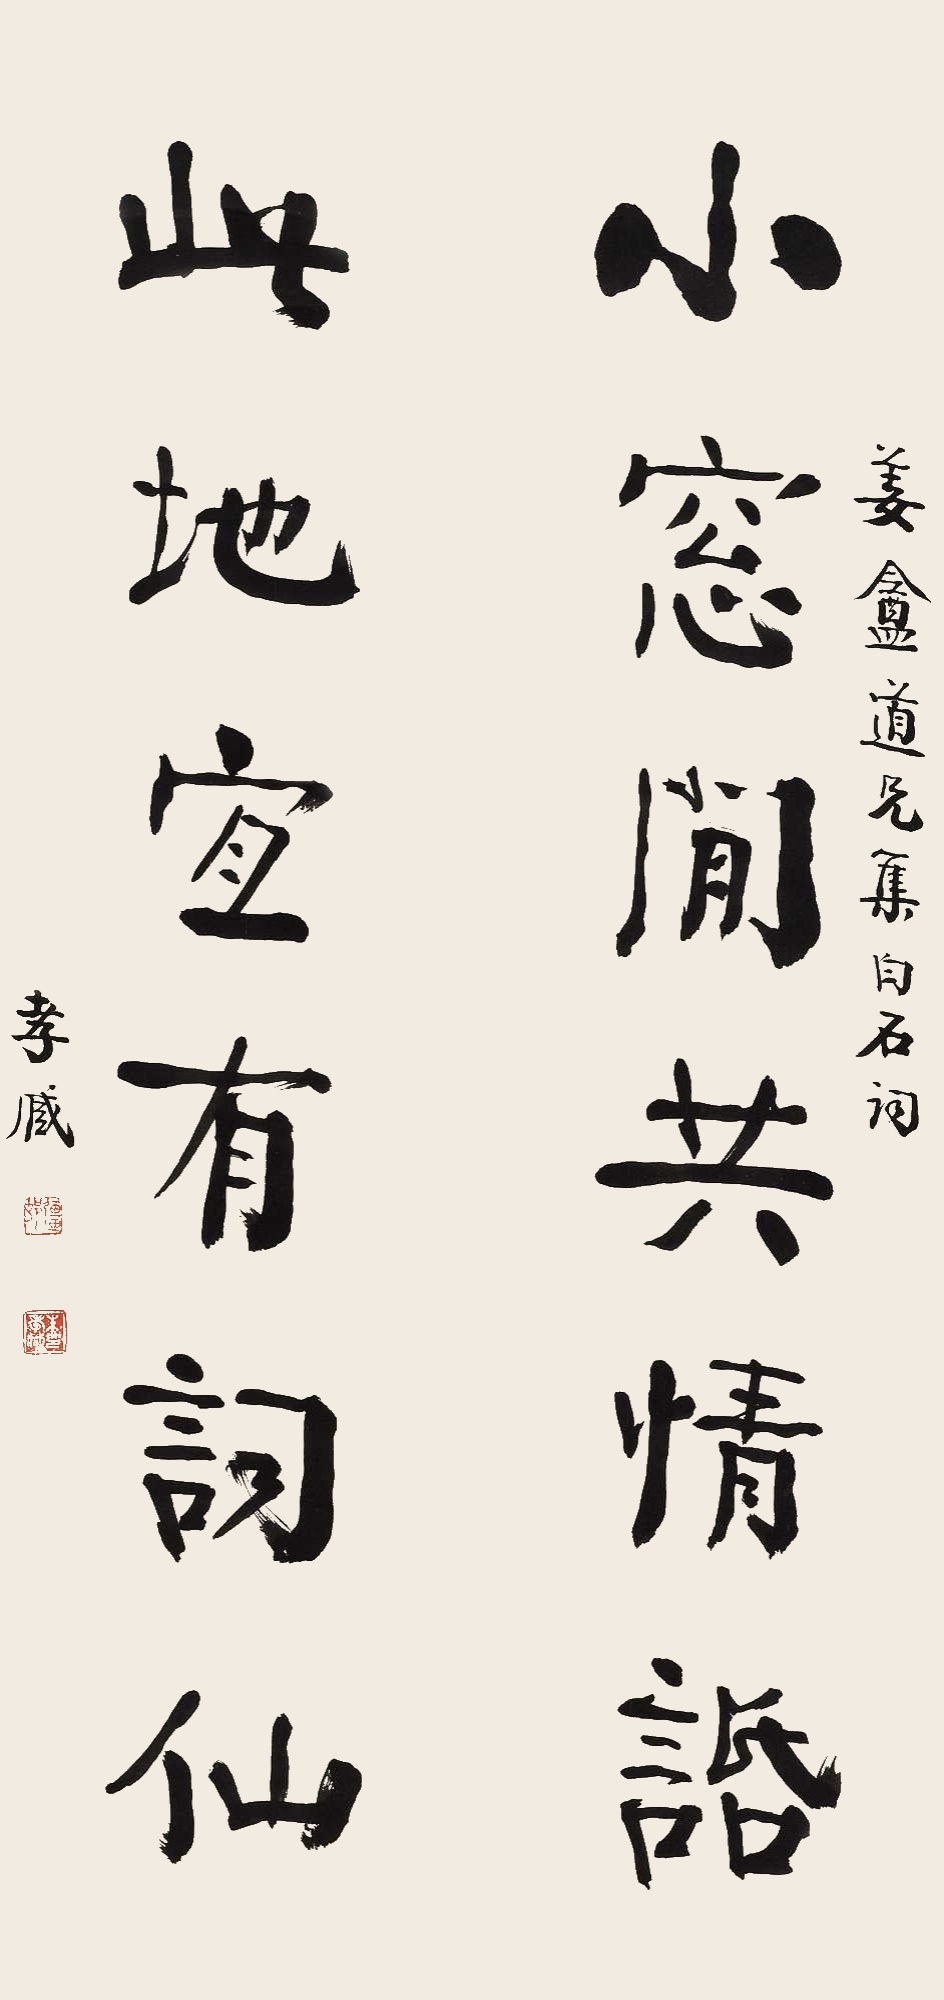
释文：小窗闲共情话，此地宜有词仙。姜盦道兄集白石词，孝臧。